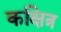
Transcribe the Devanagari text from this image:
कक्षित्र